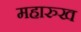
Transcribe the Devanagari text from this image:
महारुख